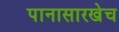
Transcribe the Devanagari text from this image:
पानासारखेच